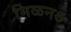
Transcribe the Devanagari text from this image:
मिळनऽ